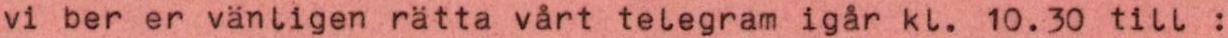
vi ber er vänligen rätta vårt telegram igår kl. 10.30 till :